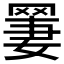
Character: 𫅆